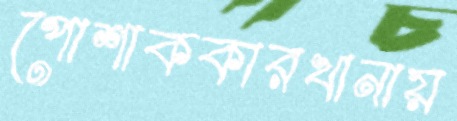
পোশাককারখানায়